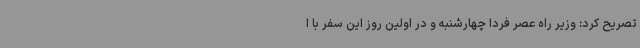
تصریح کرد: وزیر راه عصر فردا چهارشنبه و در اولین روز این سفر با ا